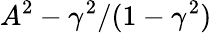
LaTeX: A^{2}-\gamma^{2}/(1-\gamma^{2})